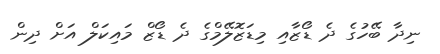
ނިދާ ބޭހުގެ ދެ ޑޯޒާއި މިޑަޒޮލޭމްގެ ދެ ޑޯޒް މައިކަލް އަށް ދިން